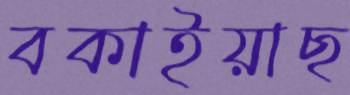
বকাইয়াছ